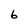
Character: 6